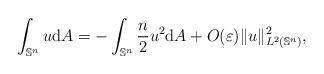
LaTeX: \begin{align*}\int_{\mathbb{S}^n} u \mathrm{d}A = -\int_{\mathbb{S}^n}\dfrac{n}{2}u^2 \mathrm{d}A + O(\varepsilon)\|u\|_{L^2(\mathbb{S}^n)}^2,\end{align*}